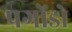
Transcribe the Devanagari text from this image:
पगोंडो